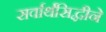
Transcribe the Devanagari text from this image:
सर्वार्थसिद्धीने